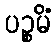
ပဉ္စမိံ